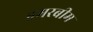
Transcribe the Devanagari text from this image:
हमरबीम